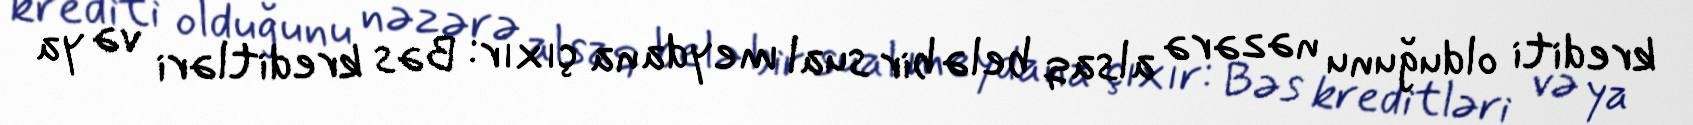
krediti olduğunu nəzərə alsaq belə bir sual meydana çıxır: Bəs kreditləri və ya